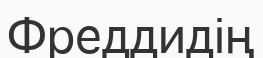
Фреддидің